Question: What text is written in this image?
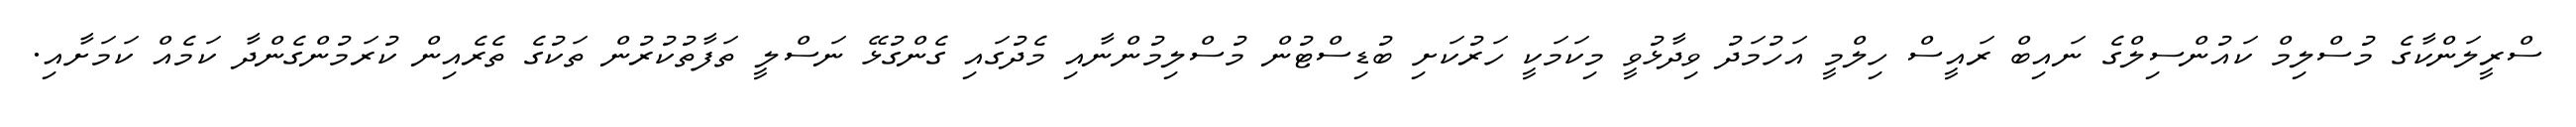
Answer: ސްރީލަންކާގެ މުސްލިމް ކައުންސިލްގެ ނައިބް ރައީސް ހިލްމީ އަހުމަދު ވިދާޅުވީ މިކަމަކީ ހަރުކަށި ބުޑިސްޓުން މުސްލިމުންނާއި މެދުގައި ގެންގުޅޭ ނަސްލީ ތަފާތުކުރުން ތަކުގެ ތެރެއިން ކުރަމުންގެންދާ ކަމެއް ކަމަށާއި.